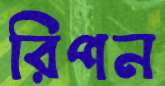
রিপন